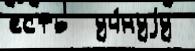
есть  уч́нуjу